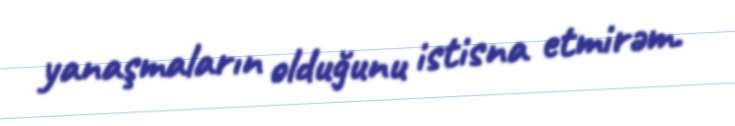
yanaşmaların olduğunu istisna etmirəm.